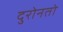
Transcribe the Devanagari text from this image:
दुरोनतो